Annual report of the Civil Veterinary Department, Bengal, for the year 1897-98 - 1897-1898
Year: 1897
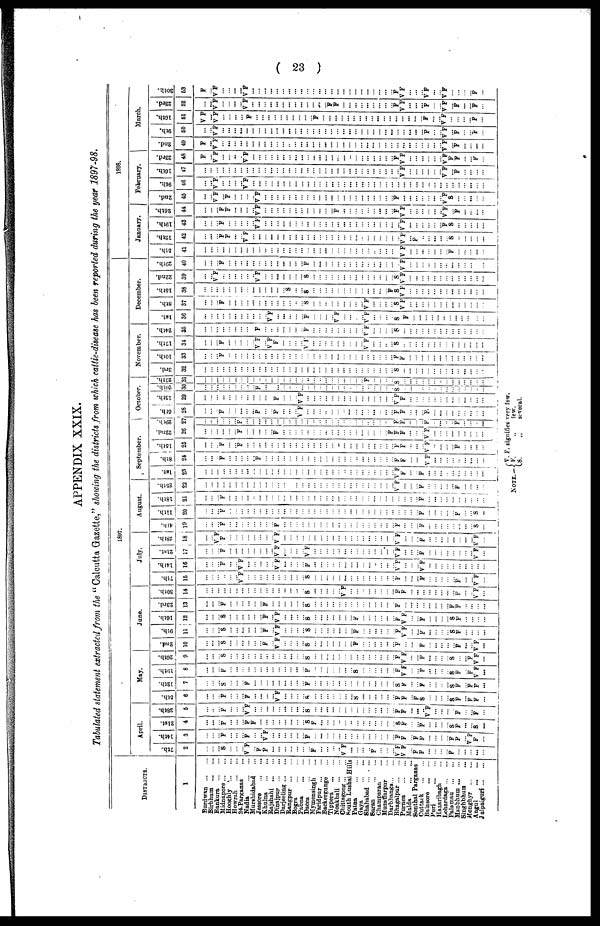
(
23
)
APPENDIX
XXIX.
Tabulated
statement
extracted
from
the "Calcutta Gazette," showing
the districts
from
which
cattle-disease
has been reported
during
the year
1897-98.
DISTRICTS.
1
Burdwan
...
...
Birbhum
...
...
Bankura
...
...
Midnapore ... ...
Hooghly
...
...
Howrah
...
...
24-Parganas ...
Nadia
...
...
Murshidabad ...
Jessore
...
...
Khulna
...
...
Rajshahi
...
...
Dinajpur
...
...
Darjeeling
...
...
Rangpur
...
...
Bogra
...
...
Pabna
...
...
Dacca ... ...
Mymensingh ...
Faridpur
...
...
Backergunge ...
Tippera
...
...
Noakhali
...
...
Chittagong ... ...
South Lushai Hills
Patna
...
...
Gaya
...
...
Shahabad
...
...
Saran
...
...
Champaran ...
Muzaffarpur ...
Darbhanga...
...
Bhagalpur ... ...
Purnea
...
...
Malda ... ...
Sonthal Parganas
Cuttack
...
...
Balasore
...
...
Pari ... ...
Hazaribagh ...
Lohardaga
...
...
Palamau
...
...
Manbhum
...
...
Singhbhum ...
Monghyr
...
...
Augul
...
...
Jalpaiguri
...
...
1897.
April.
7th.
2
...
...
...
S
...
...
...
V F
...
F
F
...
...
...
...
...
...
...
F
...
...
...
...
V F
...
...
...
...
F
...
...
...
V F
V F
...
F
F
...
... ...
...
F
...
...
...
...
...
14th.
3
...
...
...
F
...
...
...
F
...
...
V F
...
...
...
...
...
...
F
...
...
...
...
...
...
...
...
...
...
...
...
...
...
F
F
...
F
F
...
... ...
...
F
F
...
V F
F
...
21st.
4
...
...
...
F
...
...
...
F
F
...
...
...
...
...
...
...
...
S
F
...
...
...
...
...
...
...
...
...
...
...
...
...
S
F
...
...
F
...
...
...
...
S
F
...
...
S
...
28th.
5
...
...
...
F
...
...
...
V F
...
...
...
...
...
...
...
...
...
S
...
...
...
...
...
...
...
...
...
...
...
...
...
...
F
F
...
...
...
V F
...
...
...
...
F
...
...
F
...
May.
5th.
6
...
...
...
F
...
...
...
F
...
...
...
...
V F
...
...
...
...
S
...
...
...
...
...
...
...
S
...
...
...
...
...
...
F
F
...
F
S
...
... ...
...
S
F
...
F
F
...
12th.
7
...
...
...
S
...
...
...
F
...
...
...
...
...
...
...
...
...
F
...
...
...
...
...
...
...
...
...
...
...
...
...
...
S
F
...
...
F
...
... ...
...
S
F
...
F
F
...
19th.
8
...
...
...
F
...
...
...
...
...
...
...
...
...
...
...
...
...
F
...
...
...
...
...
...
...
S
...
...
...
...
...
...
F
V F
...
...
F
...
... ...
...
S
F
...
F
V F
...
26th.
9
...
...
...
S
...
...
...
...
...
...
...
...
...
...
...
...
...
S
...
...
...
...
...
...
...
...
...
...
...
...
...
...
F
V F
...
...
F
...
... ...
...
S
...
...
F
V F
...
June.
2nd.
10
...
...
...
S
...
...
...
...
...
...
F
...
V F
...
...
...
...
S
...
...
...
...
...
...
...
F
...
...
...
...
...
...
F
...
... ...
F
...
... ...
...
...
F
...
...
V F
...
9th.
11
...
...
...
S
...
...
...
...
...
...
F
...
V F
...
...
...
...
S
...
...
...
...
...
...
...
F
...
...
...
...
...
...
F
V F
...
...
F
...
... ...
...
S
F
...
...
...
...
16th.
12
...
...
...
S
...
...
...
...
...
...
F
...
V F
...
...
...
...
S
...
...
...
...
...
...
...
F
...
...
...
...
...
...
F
V F
...
...
F
...
... ...
...
S
F
...
...
...
...
23rd.
13
...
...
...
F
...
...
...
...
...
...
F
...
...
...
...
...
...
S
...
...
...
...
...
...
...
...
...
...
...
...
...
...
F
...
... ...
...
...
... ...
...
F
F
...
...
...
...
30th.
14
...
...
...
...
...
...
...
...
...
...
...
...
...
...
...
...
...
S
...
...
...
...
...
V F
...
...
...
...
...
...
...
...
F
F
...
...
...
...
... ...
...
...
F
...
...
V F
...
July.
7th.
15
...
...
...
...
...
...
V F
...
...
...
...
...
...
...
...
...
...
S
...
...
...
...
...
...
...
...
...
...
...
...
...
...
F
...
... ...
F
...
... ...
...
...
F
...
...
V F
...
14th.
16
...
...
...
F
...
...
V F
...
...
...
...
...
V F
...
...
...
...
F
...
...
...
...
...
...
...
...
...
...
...
...
...
...
V F
...
... ...
V F
...
... ...
...
...
...
...
...
...
...
CM
17
...
...
...
F
...
...
...
...
...
...
...
...
V F
...
...
...
...
V F
...
...
...
...
...
...
...
...
...
...
...
...
...
...
V F
...
... ...
F
...
... ...
...
...
...
...
...
V F
...
28th.
18
...
...
V F
F
...
...
...
...
...
...
...
...
V F
...
...
...
...
...
...
...
...
...
...
...
...
...
...
...
...
...
...
...
V F
...
... ...
F
...
... ...
...
...
...
...
...
V F
...
August.
4th.
19
...
...
...
F
...
...
...
...
...
...
...
...
F
...
...
...
...
...
...
...
...
...
...
...
...
...
...
...
...
...
...
...
F
...
... ...
F
...
... ...
...
...
...
...
...
S
...
11th.
20
...
...
...
F
...
...
...
...
...
...
...
...
...
...
...
...
...
...
...
...
...
...
...
...
...
...
...
...
...
...
...
...
...
...
... ...
F
...
... ...
...
...
F
...
...
S
...
18th.
21
...
...
...
F
...
...
...
...
...
...
...
...
...
...
...
...
...
...
...
...
...
...
...
...
...
...
...
...
...
...
...
...
...
...
... ...
F
...
... ...
...
...
...
...
...
...
...
25th.
22
...
...
...
...
...
...
...
...
...
...
...
...
...
...
...
...
...
...
...
...
...
...
...
...
...
...
...
...
...
...
...
...
V F
...
... ...
F
...
... ...
...
...
F
...
...
...
...
September.
1st.
23
...
...
...
...
...
...
...
...
...
...
...
...
...
...
...
...
...
...
...
...
...
...
...
...
...
...
...
...
...
...
...
...
V F
F
...
...
F
...
... ...
...
...
...
...
...
...
...
8th.
24
...
...
...
F
...
...
...
...
...
F
...
...
...
...
...
...
...
...
...
...
...
...
...
...
...
...
...
...
...
...
...
...
F
F
...
...
...
V F
...
...
...
...
...
...
...
...
...
15th.
25
...
...
..
F
...
...
F
...
...
...
...
...
...
...
...
...
...
...
...
...
...
...
...
...
...
...
...
...
...
...
...
...
F
F
...
...
...
V F
... ..
...
...
F
...
...
...
...
2nd.
26
...
...
...
...
...
...
F
...
...
...
...
...
F
...
...
...
...
...
...
...
...
...
...
...
...
...
...
...
...
...
...
F
F
F
...
...
...
V F
... ...
...
...
...
...
...
...
...
29th.
27
...
...
...
...
...
...
F
...
...
...
...
...
...
...
...
...
...
...
...
...
...
...
...
...
...
...
...
...
...
...
...
...
F
F
...
...
..
F
...
...
...
...
F
...
...
...
...
October.
6th.
28
...
...
...
F
...
...
...
...
...
F
...
...
F
...
...
...
V F
...
...
...
...
...
...
...
...
...
...
...
...
...
...
...
F
F
...
...
...
F.
...
...
...
...
...
...
...
...
...
13th.
29
...
...
...
...
...
...
...
...
...
...
...
...
F
...
...
...
V F
...
...
...
...
...
...
...
...
...
...
...
...
...
...
...
V F
F
...
...
...
...
... ...
...
...
...
...
...
...
...
20th.
3C
...
...
...
...
...
...
...
..
...
F
...
...
...
...
...
...
...
...
...
...
...
...
...
...
...
...
...
...
...
...
...
...
S
...
... ...
...
...
... ...
...
...
...
...
...
...
...
27th.
31
...
...
...
...
...
...
...
...
...
...
...
...
...
...
...
...
...
...
...
...
...
...
...
...
...
...
...
F
...
...
...
...
S
...
... ...
...
...
... ...
...
...
...
..
...
...
...
November.
3rd.
32
...
...
...
...
...
...
... ...
...
...
...
...
...
...
...
...
...
...
...
...
...
...
...
...
...
...
...
...
...
...
...
...
S
...
... ...
...
...
... ...
...
...
...
...
...
...
...
10th.
33
...
...
...
F
...
...
...
...
...
...
...
...
...
...
...
...
...
...
...
...
...
...
...
...
...
...
...
...
...
...
...
...
F
F
...
...
...
...
... ...
...
...
...
...
...
...
...
17th.
34
...
...
...
F
...
...
...
...
...
V F
...
V F
F
...
...
...
...
V F
...
...
...
...
...
...
...
...
...
V F
...
...
...
...
S
...
... ...
...
...
... ...
...
...
...
...
...
...
...
24th.
35
...
...
...
...
...
...
...
...
...
F
...
...
...
...
...
...
...
F
...
...
...
...
...
...
...
...
...
V F
...
...
...
...
S
...
...
...
...
...
... ...
...
...
...
...
...
...
...
December.
1st.
36
...
...
...
...
...
...
...
...
...
...
...
V F
...
...
...
...
...
F
...
...
...
...
V F
...
...
...
...
V F
...
...
...
...
S
F
...
...
...
...
...
...
...
...
...
...
...
...
...
5th.
37
...
...
...
F
...
...
...
...
...
...
...
...
...
...
...
...
...
S
...
...
...
...
...
...
...
...
...
V F
...
...
...
...
S
V F
...
...
...
...
... ...
...
...
...
...
...
...
...
15th.
38
...
...
...
...
...
...
...
...
...
...
...
...
...
...
S
...
...
S
...
...
...
...
...
...
...
...
...
...
...
...
...
F
S
V F
...
...
...
...
... ...
...
...
...
...
...
...
...
22nd.
39
...
...
V F
...
...
...
...
...
...
V F
...
...
...
...
...
...
...
S
...
...
...
...
...
...
...
...
...
...
...
...
...
...
S
V F
...
...
...
...
... ...
...
...
...
...
...
...
...
29th.
40
...
...
...
F
...
...
...
...
...
...
...
...
...
...
...
...
...
F
...
...
...
...
...
...
...
...
...
...
...
...
...
...
...
V F
...
...
...
...
... ...
...
...
...
...
...
...
...
1898.
January.
5th.
41
...
...
...
...
...
...
...
...
...
...
...
...
...
...
...
...
...
...
...
...
...
...
...
...
...
...
...
...
...
...
...
...
...
V F
...
...
...
...
... ...
...
F
...
...
...
...
...
12th
42
...
...
...
F
F
...
...
V F
...
...
...
...
...
...
...
...
...
...
...
...
...
...
...
...
...
...
...
...
...
...
...
...
...
V F
...
F
...
...
...
...
...
S
...
...
...
...
...
19th.
43
...
...
...
F
...
...
...
...
...
V F
...
...
...
...
...
...
...
...
...
...
...
...
...
...
...
...
...
...
...
...
...
...
...
V F
... ...
...
...
...
...
F
S
...
...
...
...
...
26th.
44
...
...
...
F
F
...
...
...
...
V F
...
...
...
...
...
...
...
...
...
...
...
...
F
...
...
...
...
...
...
...
...
...
F
VF
...
...
...
...
... ...
V F
...
F
...
...
...
...
February.
2nd.
45
...
...
V F
...
F
...
...
...
...
V F
...
...
...
...
...
...
...
...
...
...
...
...
...
...
...
...
...
...
...
...
...
...
F
...
... ...
...
...
... ...
V F
S
...
...
...
...
...
9th.
46
...
...
V F
...
...
...
...
V F
...
...
...
...
...
...
...
...
...
...
...
...
...
...
...
...
...
...
...
...
...
...
...
...
...
...
... ...
...
...
...
...
...
...
...
...
...
...
...
16th.
47
...
...
...
...
...
...
...
...
...
...
...
...
...
...
...
...
...
...
...
...
...
...
...
...
...
...
...
...
...
...
...
...
...
V E
...
...
...
...
... ...
V F
...
F
...
...
...
...
23rd.
48
F
...
V F
...
...
...
...
V F
...
...
...
...
...
...
...
...
...
...
...
...
...
...
...
...
...
...
...
...
...
...
...
...
F
V F
...
...
...
...
... ...
V F
F
F
...
...
F
...
March.
2nd.
49
F
...
V F
...
...
...
...
...
...
...
...
...
...
...
..
...
...
...
...
...
...
...
...
...
...
...
...
...
...
...
...
...
...
...
...
...
...
...
...
...
V F
...
F
...
...
...
...
9th.
50
...
...
V F
...
...
...
...
...
...
...
...
...
...
...
...
...
...
...
...
...
...
...
...
...
...
...
...
...
...
...
...
...
...
...
...
...
...
F
...
...
V F
...
F
...
...
F
...
16th.
51
V F
...
V F
...
...
...
...
...
F
...
...
...
...
...
...
...
...
...
...
F
...
...
...
...
...
...
...
...
...
...
...
...
...
...
...
...
...
F
...
...
V F
...
...
...
...
F
...
23rd.
52
...
...
V F
...
...
...
...
V F
...
...
...
...
...
...
...
...
...
...
...
...
...
F
F
...
...
...
...
...
...
...
...
...
F
V F
... ...
...
F
...
...
V F
...
F
...
...
F
...
30th.
63
F
...
V F
...
...
...
...
V F
...
...
...
...
...
...
...
...
...
...
...
...
...
...
...
...
...
...
...
...
...
...
...
...
F
V F
... ...
...
V F
...
...
V F
...
...
...
...
F
...
NOTE.—
V. F. signifies very few.
F.
„
few.
S.
„
several.